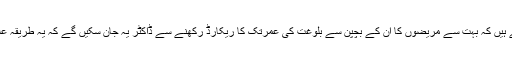
ڈاکٹر مارٹن کہتے ہیں کہ بہت سے مریضوں کا ان کے بچپن سے بلوغت کی عمرتک کا ریکارڈ رکھنے سے ڈاکٹر یہ جان سکیں گے کہ یہ طریقہ علاج کتنا مؤثر ہے۔